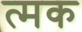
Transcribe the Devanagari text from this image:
त्मक